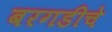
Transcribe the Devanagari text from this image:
बरगडीचे